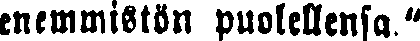
enemmistön puolellensa."